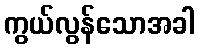
ကွယ်လွန်သောအခါ